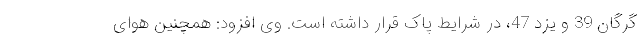
گرگان 39 و یزد 47، در شرایط پاک قرار داشته است. وی افزود: همچنین هوای